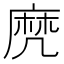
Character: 𪎑